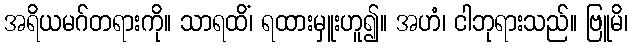
အရိယမဂ်တရားကို။ သာရထိံ၊ ရထားမှူးဟူ၍။ အဟံ၊ ငါဘုရားသည်။ ဗြူမိ၊